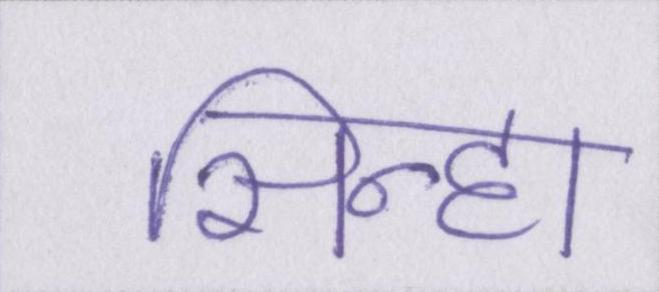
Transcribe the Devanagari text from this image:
सिन्हा